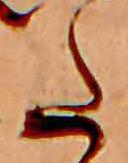
た